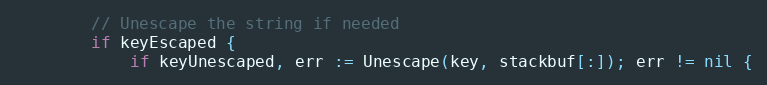
Language: Go
		// Unescape the string if needed
		if keyEscaped {
			if keyUnescaped, err := Unescape(key, stackbuf[:]); err != nil {